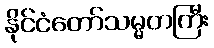
နိုင်ငံတော်သမ္မတကြီး